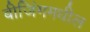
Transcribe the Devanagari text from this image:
बीजिंगमधील